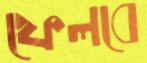
ফেলবে